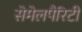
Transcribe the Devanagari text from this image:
सेमेलपैरिटी